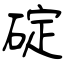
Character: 碇